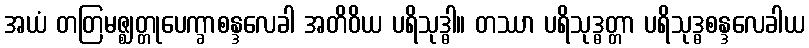
အယံ တတြမဇ္ဈတ္တုပေက္ခာစန္ဒလေခါ အတိဝိယ ပရိသုဒ္ဓါ။ တဿာ ပရိသုဒ္ဓတ္တာ ပရိသုဒ္ဓစန္ဒလေခါယ